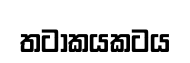
තටාකයකටය